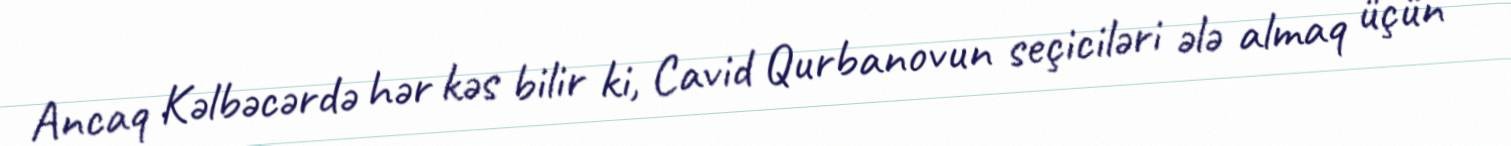
Ancaq Kəlbəcərdə hər kəs bilir ki, Cavid Qurbanovun seçiciləri ələ almaq üçün